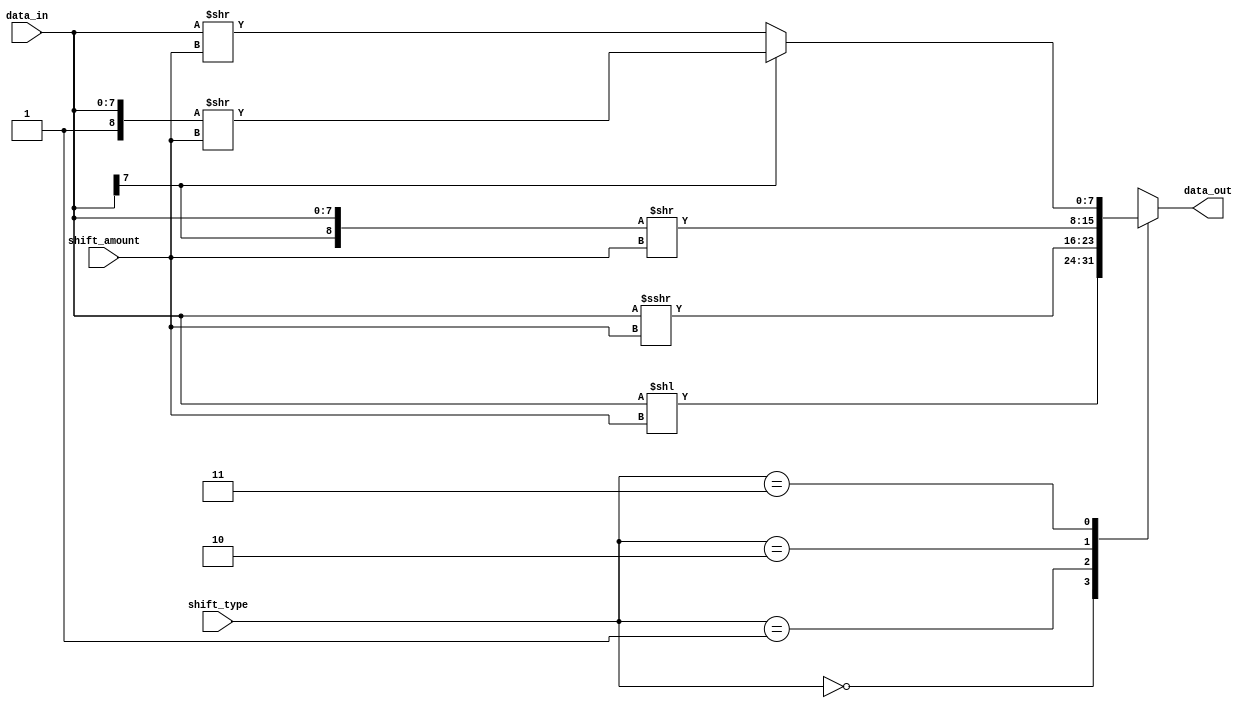
module sparse_barrel_shifter (
    input [7:0] data_in, // 8-bit input data
    input [2:0] shift_amount, // 3-bit control signal for shift amount
    input [1:0] shift_type, // 2-bit control signal for shift type
    output reg [7:0] data_out // 8-bit output data
);

always @(*) begin
    case (shift_type)
        2'b00: data_out = data_in << shift_amount; // left shift
        2'b01: data_out = data_in >>> shift_amount; // right shift
        2'b10: data_out = {data_in[7], data_in} >> shift_amount; // logical shift
        2'b11: data_out = (data_in[7] == 0) ? {1'b0, data_in} >> shift_amount : {1'b1, data_in} >> shift_amount; // arithmetic shift with sign extension
    endcase
end

endmodule